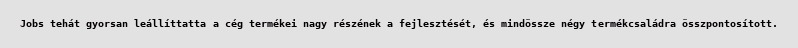
Jobs tehát gyorsan leállíttatta a cég termékei nagy részének a fejlesztését, és mindössze négy termékcsaládra összpontosított.